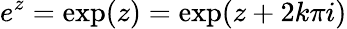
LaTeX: e^{z}=\exp(z)=\exp(z+2k\pi i)